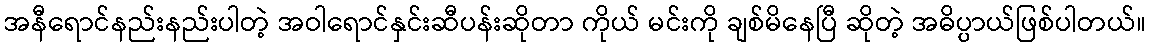
အနီရောင်နည်းနည်းပါတဲ့ အဝါရောင်နှင်းဆီပန်းဆိုတာ ကိုယ် မင်းကို ချစ်မိနေပြီ ဆိုတဲ့ အဓိပ္ပာယ်ဖြစ်ပါတယ်။